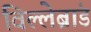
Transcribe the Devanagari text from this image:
विल्लेब्रांड